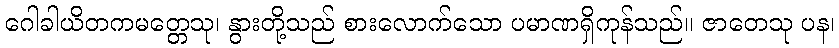
ဂေါခါယိတကမတ္တေသု၊ နွားတို့သည် စားလောက်သော ပမာဏရှိကုန်သည်။ ဇာတေသု ပန၊